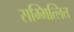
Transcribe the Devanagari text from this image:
सम्मित्लित